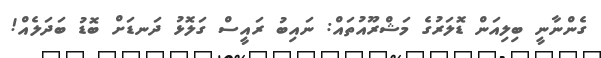
ގެންނާނީ ބިލިއަން ޑޮލަރުގެ މަޝްރޫއުތައް: ނައިބު ރައީސް ގަލޮޅު ދަނޑަށް ބޮޑު ބަދަލެއް!